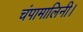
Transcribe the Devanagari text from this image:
चंपामालिनी।